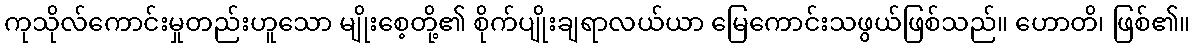
ကုသိုလ်ကောင်းမှုတည်းဟူသော မျိုးစေ့တို့၏ စိုက်ပျိုးချရာလယ်ယာ မြေကောင်းသဖွယ်ဖြစ်သည်။ ဟောတိ၊ ဖြစ်၏။